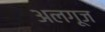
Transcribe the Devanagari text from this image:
अलगूज